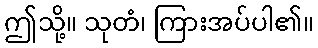
ဤသို့။ သုတံ၊ ကြားအပ်ပါ၏။